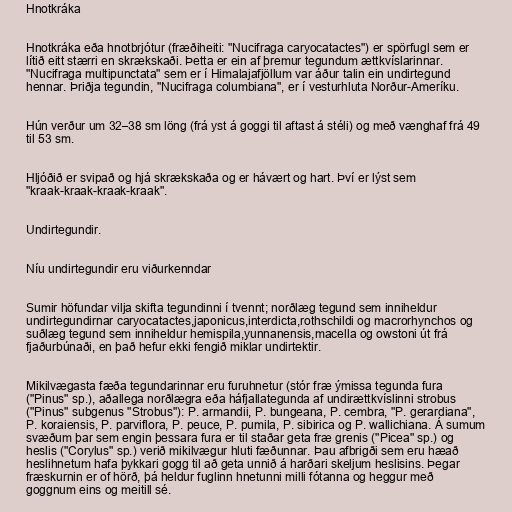
Hnotkráka

Hnotkráka eða hnotbrjótur (fræðiheiti: "Nucifraga caryocatactes") er spörfugl sem er
lítið eitt stærri en skrækskaði. Þetta er ein af þremur tegundum ættkvíslarinnar.
"Nucifraga multipunctata" sem er í Himalajafjöllum var áður talin ein undirtegund
hennar. Þriðja tegundin, "Nucifraga columbiana", er í vesturhluta Norður-Ameríku.

Hún verður um 32–38 sm löng (frá yst á goggi til aftast á stéli) og með vænghaf frá 49
til 53 sm.

Hljóðið er svipað og hjá skrækskaða og er hávært og hart. Því er lýst sem
"kraak-kraak-kraak-kraak".

Undirtegundir.

Níu undirtegundir eru viðurkenndar

Sumir höfundar vilja skifta tegundinni í tvennt; norðlæg tegund sem inniheldur
undirtegundirnar caryocatactes,japonicus,interdicta,rothschildi og macrorhynchos og
suðlæg tegund sem inniheldur hemispila,yunnanensis,macella og owstoni út frá
fjaðurbúnaði, en það hefur ekki fengið miklar undirtektir.

Mikilvægasta fæða tegundarinnar eru furuhnetur (stór fræ ýmissa tegunda fura
("Pinus" sp.), aðallega norðlægra eða háfjallategunda af undirættkvíslinni strobus
("Pinus" subgenus "Strobus"): P. armandii, P. bungeana, P. cembra, "P. gerardiana",
P. koraiensis, P. parviflora, P. peuce, P. pumila, P. sibirica og P. wallichiana. Á sumum
svæðum þar sem engin þessara fura er til staðar geta fræ grenis ("Picea" sp.) og
heslis ("Corylus" sp.) verið mikilvægur hluti fæðunnar. Þau afbrigði sem eru hæað
heslihnetum hafa þykkari gogg til að geta unnið á harðari skeljum heslisins. Þegar
fræskurnin er of hörð, þá heldur fuglinn hnetunni milli fótanna og heggur með
goggnum eins og meitill sé.